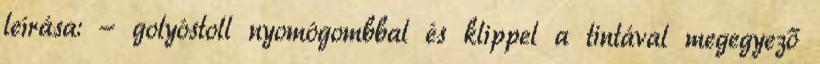
leírása: - golyóstoll nyomógombbal és klippel a tintával megegyező